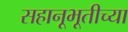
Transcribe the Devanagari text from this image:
सहानूभूतीच्या